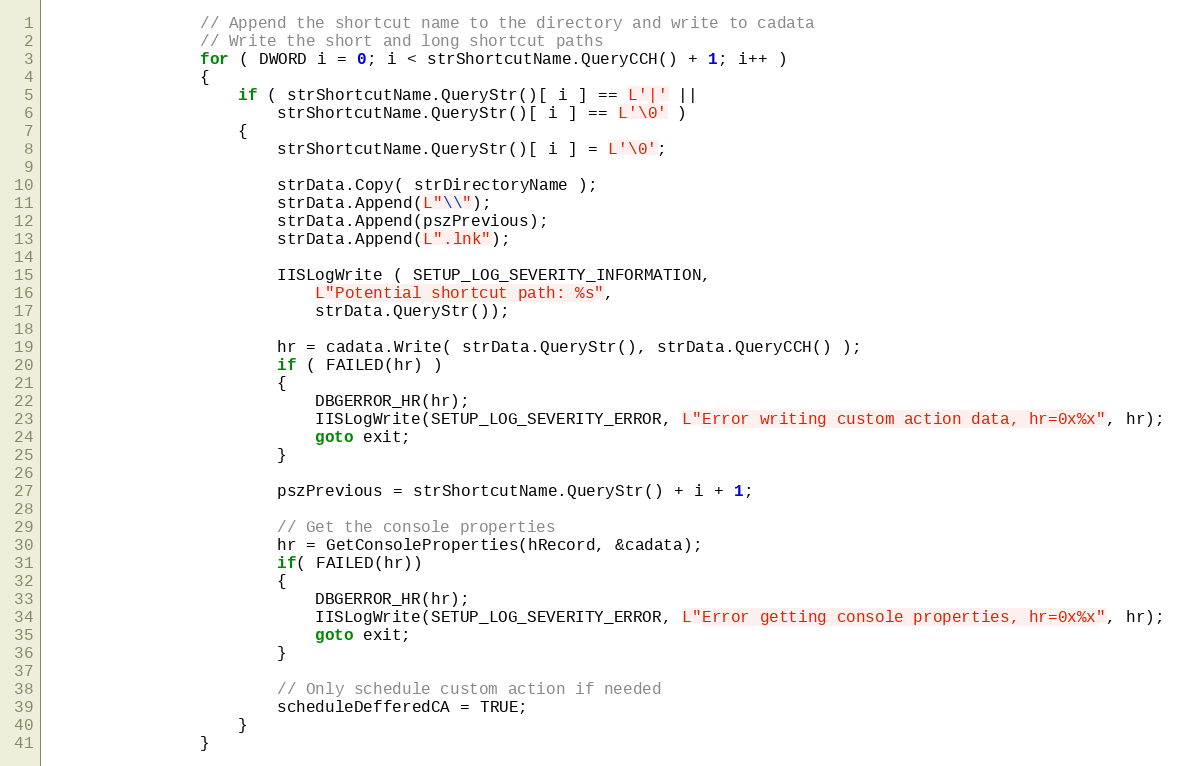
Language: C++
				// Append the shortcut name to the directory and write to cadata
				// Write the short and long shortcut paths
				for ( DWORD i = 0; i < strShortcutName.QueryCCH() + 1; i++ )
				{
					if ( strShortcutName.QueryStr()[ i ] == L'|' ||
						strShortcutName.QueryStr()[ i ] == L'\0' )
					{
						strShortcutName.QueryStr()[ i ] = L'\0';

						strData.Copy( strDirectoryName );
						strData.Append(L"\\");
						strData.Append(pszPrevious);
						strData.Append(L".lnk");

						IISLogWrite ( SETUP_LOG_SEVERITY_INFORMATION,
							L"Potential shortcut path: %s",
							strData.QueryStr());

						hr = cadata.Write( strData.QueryStr(), strData.QueryCCH() );
						if ( FAILED(hr) )
						{
							DBGERROR_HR(hr);
							IISLogWrite(SETUP_LOG_SEVERITY_ERROR, L"Error writing custom action data, hr=0x%x", hr);
							goto exit;
						}

						pszPrevious = strShortcutName.QueryStr() + i + 1;

						// Get the console properties
						hr = GetConsoleProperties(hRecord, &cadata);
						if( FAILED(hr))
						{
							DBGERROR_HR(hr);
							IISLogWrite(SETUP_LOG_SEVERITY_ERROR, L"Error getting console properties, hr=0x%x", hr);
							goto exit;
						}

						// Only schedule custom action if needed
						scheduleDefferedCA = TRUE;
					}
				}